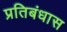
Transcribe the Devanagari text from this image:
प्रतिबंधास